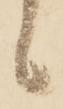
候